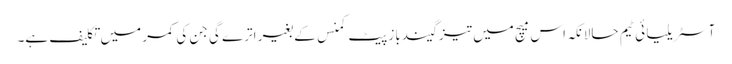
آسٹریلیا ئی ٹیم حالانکہ اس میچ میں تیز گیندباز پیٹ کمنس کے بغیر اترے گی جن کی کمر میں تکلیف ہے۔